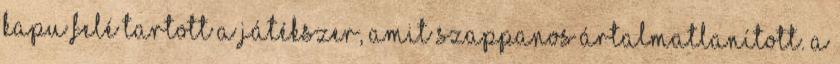
kapu felé tartott a játékszer, amit Szappanos ártalmatlanított. A